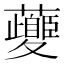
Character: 𱿇